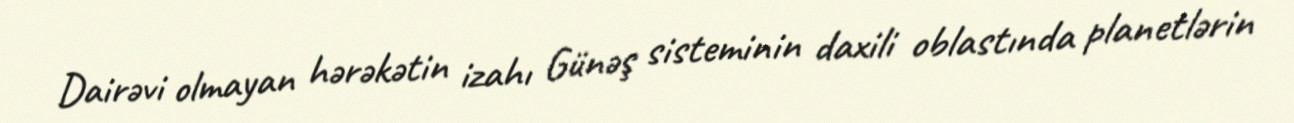
Dairəvi olmayan hərəkətin izahı Günəş sisteminin daxili oblastında planetlərin